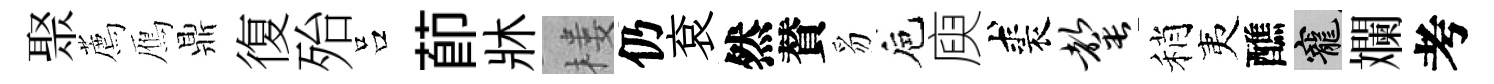
聚薦鴈鼎復殆吕莭牀楼仍袞然賛豸巵庾裘罄稍夷醮寵斕考